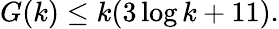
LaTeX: G(k)\leq k(3\log k+11).